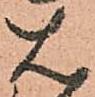
は